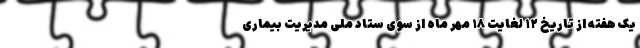
یک هفته از تاریخ ۱۲ لغایت ۱۸ مهر ماه از سوی ستاد ملی مدیریت بیماری